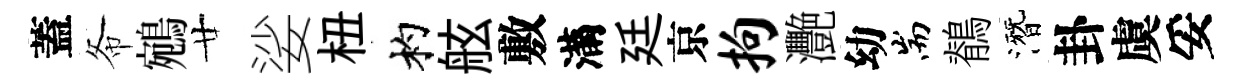
蓋𢁙鵷廿娑杻杓舷敷滿廷京拘灧幼耑鶺潛卦虞妥